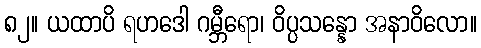
၈၂။ ယထာပိ ရဟဒေါ ဂမ္ဘီရော၊ ဝိပ္ပသန္နော အနာဝိလော။